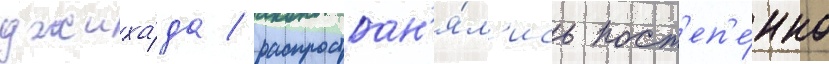
джиха́да / распростран'я́л'ись пост'еп'е́нно